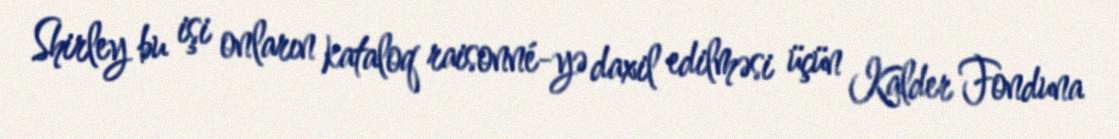
Shirley bu işi onların kataloq raisonné-yə daxil edilməsi üçün Kalder Fonduna